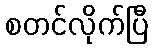
စတင်လိုက်ပြီ